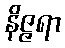
နိဇ္ဇရာ